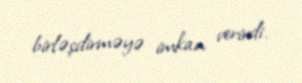
birləşdirməyə imkan verirdi.